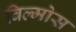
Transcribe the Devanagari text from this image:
विल्मोस